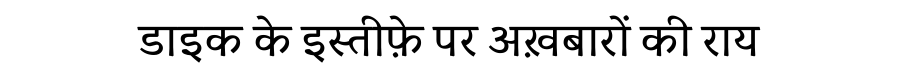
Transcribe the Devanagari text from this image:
डाइक के इस्तीफ़े पर अख़बारों की राय